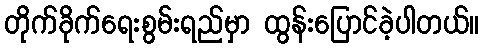
တိုက်ခိုက်ရေးစွမ်းရည်မှာ ထွန်းပြောင်ခဲ့ပါတယ်။